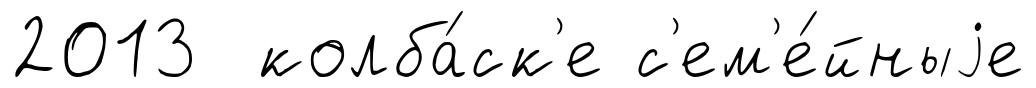
2013 колба́ск'е с'ем'е́йныjе